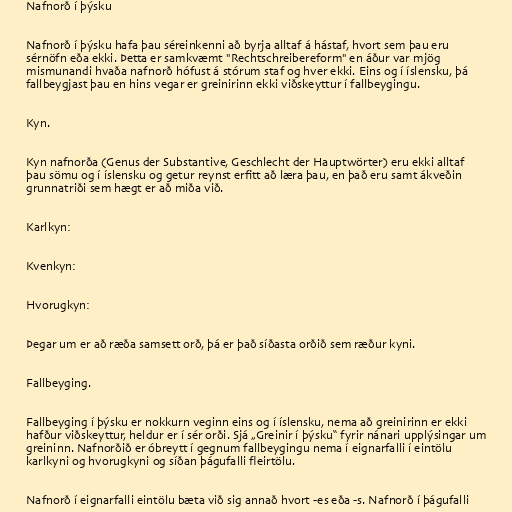
Nafnorð í þýsku

Nafnorð í þýsku hafa þau séreinkenni að byrja alltaf á hástaf, hvort sem þau eru
sérnöfn eða ekki. Þetta er samkvæmt "Rechtschreibereform" en áður var mjög
mismunandi hvaða nafnorð hófust á stórum staf og hver ekki. Eins og í íslensku, þá
fallbeygjast þau en hins vegar er greinirinn ekki viðskeyttur í fallbeygingu.

Kyn.

Kyn nafnorða (Genus der Substantive, Geschlecht der Hauptwörter) eru ekki alltaf
þau sömu og í íslensku og getur reynst erfitt að læra þau, en það eru samt ákveðin
grunnatriði sem hægt er að miða við.

Karlkyn:

Kvenkyn:

Hvorugkyn:

Þegar um er að ræða samsett orð, þá er það síðasta orðið sem ræður kyni.

Fallbeyging.

Fallbeyging í þýsku er nokkurn veginn eins og í íslensku, nema að greinirinn er ekki
hafður viðskeyttur, heldur er í sér orði. Sjá „Greinir í þýsku“ fyrir nánari upplýsingar um
greininn. Nafnorðið er óbreytt í gegnum fallbeygingu nema í eignarfalli í eintölu
karlkyni og hvorugkyni og síðan þágufalli fleirtölu.

Nafnorð í eignarfalli eintölu bæta við sig annað hvort -es eða -s. Nafnorð í þágufalli